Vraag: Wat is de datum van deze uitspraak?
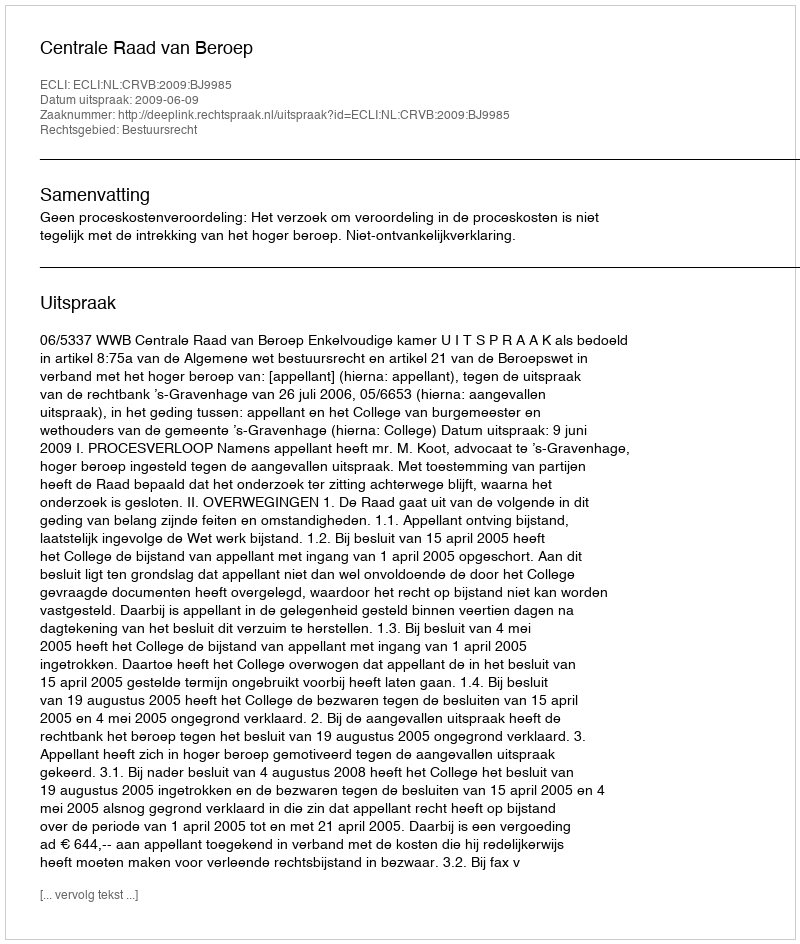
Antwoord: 2009-06-09